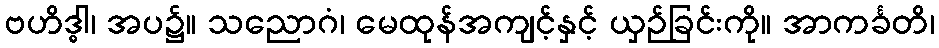
ဗဟိဒ္ဓါ၊ အပ၌။ သညောဂံ၊ မေထုန်အကျင့်နှင့် ယှဉ်ခြင်းကို။ အာကင်္ခတိ၊